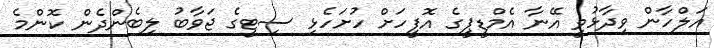
އަލްހާން ވިދާޅުވީ އޭނާ އެމްޑީޕީގެ އޮފީހަށް ހުށަހެޅި ސިޓީގެ ޖަވާބު ލިބެންދެން ކޮންމެ